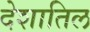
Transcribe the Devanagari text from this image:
देशातिल